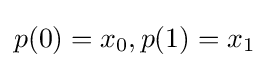
p(0)=x_{0},p(1)=x_{1}